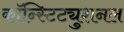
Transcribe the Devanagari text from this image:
कॉन्स्टिट्युशनल